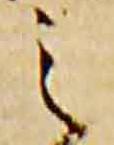
之